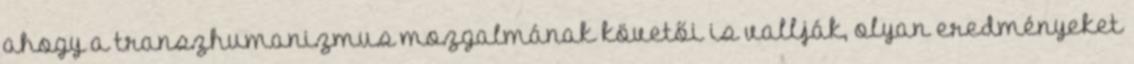
ahogy a transzhumanizmus mozgalmának követői is vallják, olyan eredményeket